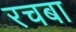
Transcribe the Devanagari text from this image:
रचबा